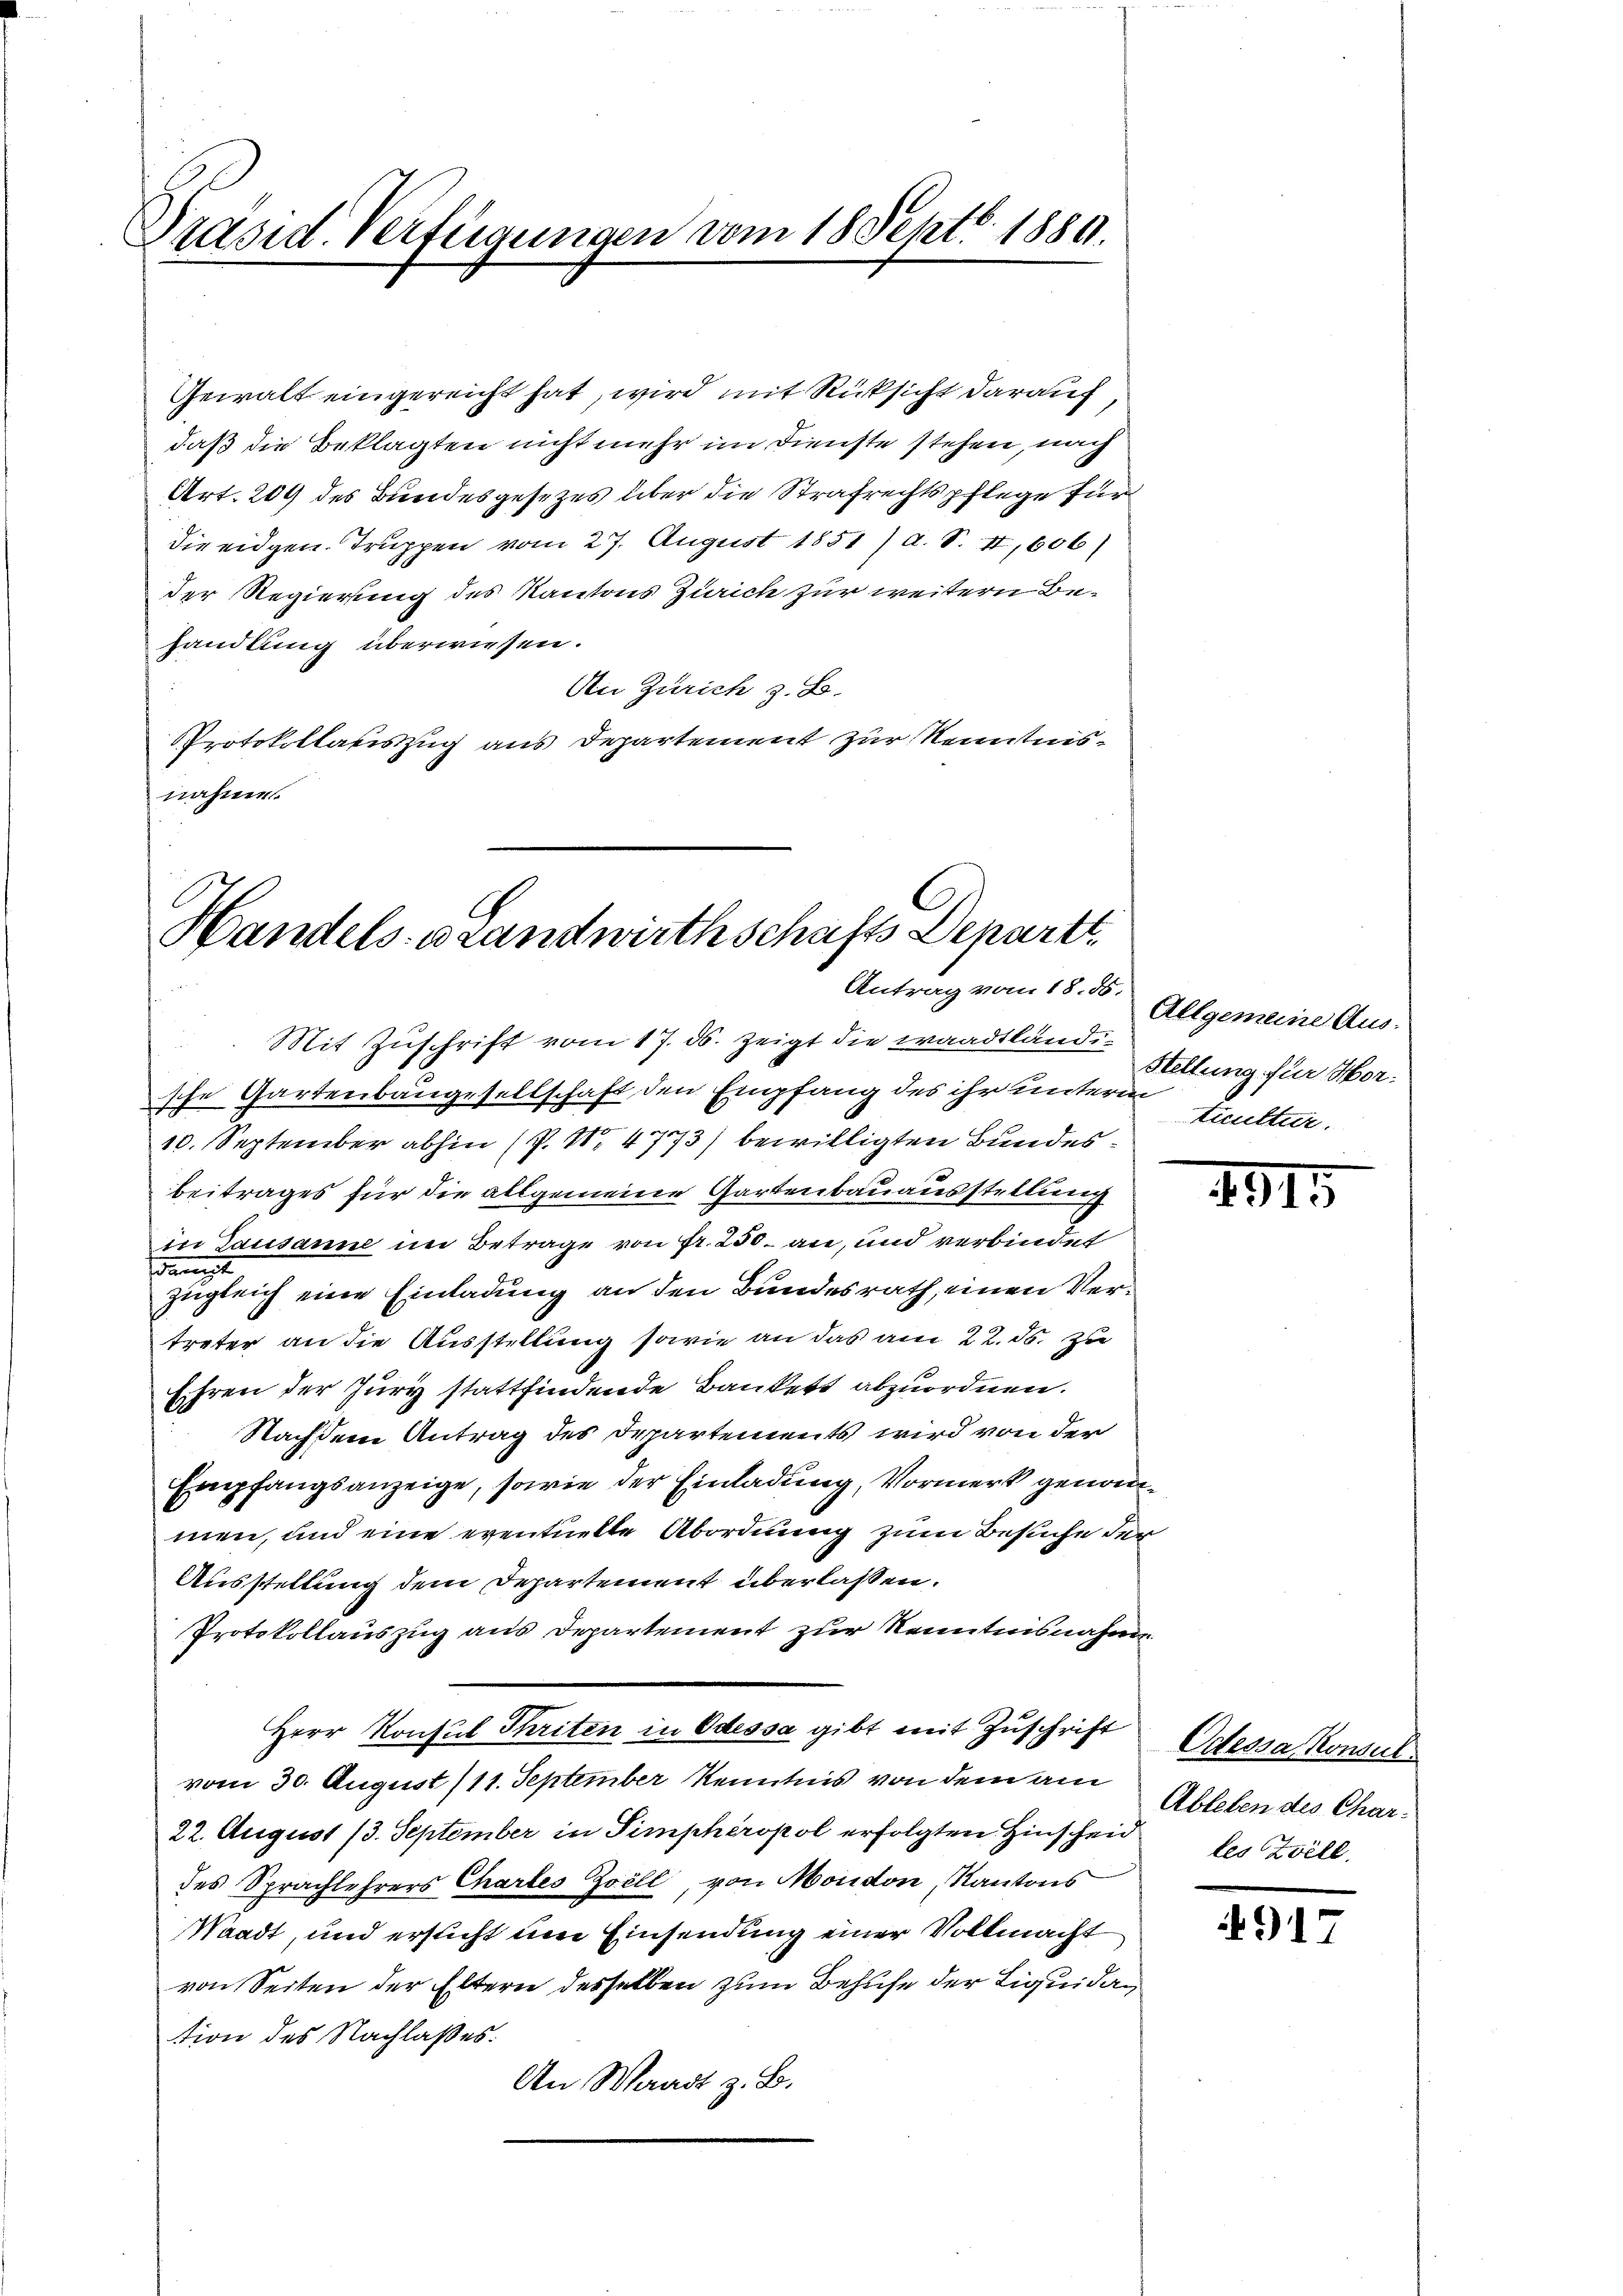
Präsid. Verfügungen vom 18 Septb. 1889.

Gewalt eingereicht hat, wird mit Rücksicht darauf,
daß die Beklagten nicht mehr im Dienste stehen, nach
Art. 209 des Bundesgesetzes über die Strafrechtspflege für
dir eidgen. Truppen vom 27. August 1851) d. S. II,606)
der Regierung des Kantons Zürich zur weitern Behandlung überwiesen.
An Zürich z. B.
Protokollauszug aus Departement zur Kenntnisnahme.

Handels- u Landwirthschafts Departe
Antrag vom 18. ds.

Mit Zuschrift vom 17. ds. zeigt die waadtländische Gartenbaugesellschaft den Empfang des ihr unterm
10. September abhin (P. Nr. 4773) bewilligten Bundesbeitrages für die allgemeine Gartenbauausstellung
in Lausanne im Betrage von Fr. 250. an, und verbindet
damit
zugleich eine Einladung an den Bundesrath, einen Vertreter an die Ausstellung sowie an das am 22. ds. zu
Ehren der Jury stattfindende Bankett abzuordnen.
Nachdem Antrag des Departements wird von der
Empfangsanzeige, sowie der Einladung, Vormerk genommen, und eine eventuelle Abordnung zum Besuche der
Ausstellung dem Departement überlassen.
Protokollauszug aus Departement zur Kenntnisnahme
Herr Konsul Thriten in Odessa gibt mit Zuschrift
vom 30. August (11. September Kenntnis von dem am
22. August 13. September in Simphéropol erfolgten Hinscheid des Will
des Sprachlehrers Chartes Zell, von Moudon, Kantons
Waadt, und ersucht um Einsendung einer Vollmacht
von Seiten der Eltern desselben zum Behufe der Liquidation des Nachlaßes.
An Waadt z. B.

Allgemeine Aus-
Stellung für Mortuutter.

1911.

Odessa konsul
Ableben des Char.

4917